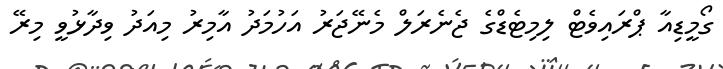
ގޯމީޑިއާ ޕްރައިވެޓް ލިމިޓެޑްގެ ޖެނެރަލް މެނޭޖަރު އަހުމަދު އާމިރު މިއަދު ވިދާޅުވީ މިރޭ